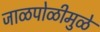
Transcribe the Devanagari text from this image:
जाळपोळीमुळे